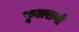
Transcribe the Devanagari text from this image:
फूलराणी